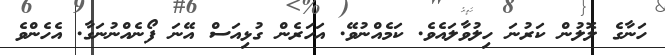
ހަނާގެ ލޮލުން ކަރުނަ ހިލުވާލައެވެ. ކަމެއްނުވޭ. އަހަރެން ގުޅިއަސް އޭނަ ފޯނެއްނުނަގާ. އެހެންވެ